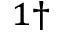
^ { 1 \dagger }